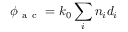
\phi _ { \mathrm { ~ a ~ c ~ } } = k _ { 0 } \sum _ { i } n _ { i } d _ { i }